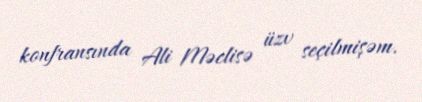
konfransında Ali Məclisə üzv seçilmişəm.